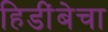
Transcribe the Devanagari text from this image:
हिडींबेचा